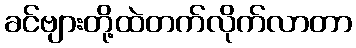
ခင်ဗျားတို့ထဲတက်လိုက်လာတာ